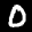
Label: 0